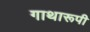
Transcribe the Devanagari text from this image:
गाथारूपी